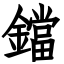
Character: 鐺